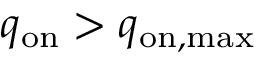
q _ { \mathrm { o n } } > q _ { \mathrm { o n , m a x } }